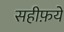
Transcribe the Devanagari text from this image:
सहीफ़ये